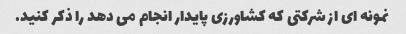
نمونه ای از شرکتی که کشاورزی پایدار انجام می دهد را ذکر کنید.